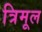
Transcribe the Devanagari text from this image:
त्रिमूल